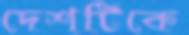
দেশটিকে